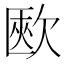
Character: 㰼